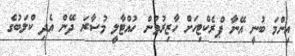
އިންމަ ބުނީ އޭނާ ޕްރެކްޓިހަށް ހާޒިރުވުން ހުއްޓާލީ މުސާރަ ދޭން އެދި ކްލަބުގެ